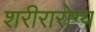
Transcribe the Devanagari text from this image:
शरीरारोग्य